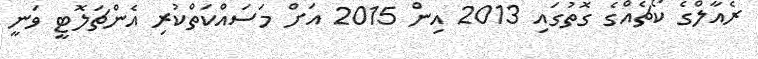
ރެއާލްގެ ކޯޗެއްގެ ގޮތުގައި 2013 އިން 2015 އަށް މަސައްކަތްކުރި އެންޗަލޮޓީ ވަނީ